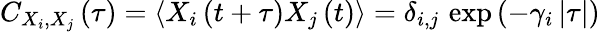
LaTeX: C_{X_{i},X_{j}}\left(\tau\right)=\left\langle X_{i}\left(t+\tau\right)X_{j}\left(t\right)\right\rangle=\delta_{i,j}\, \exp{\left(-\gamma_{i}\left|\tau\right|\right)}